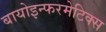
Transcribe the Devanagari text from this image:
बायोइन्फरमेटिक्स